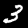
Digit: 3